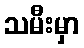
သမီးမှာ